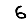
Digit: 6